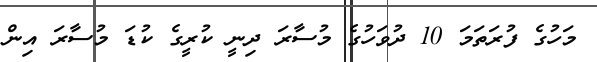
މަހުގެ ފުރަތަމަ 10 ދުވަހުގެ މުސާރަ ދިނީ ކުރީގެ ކުޑަ މުސާރަ އިން